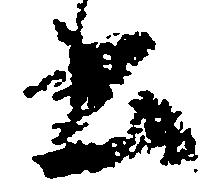
書